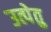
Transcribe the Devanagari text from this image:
उत्पेतु